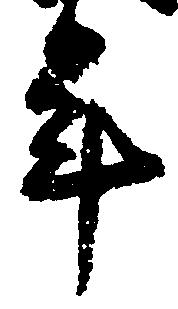
年